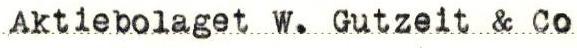
Aktiebolaget W. Gutzeit & Co